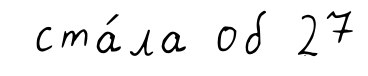
ста́ла об 27